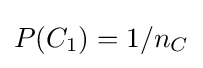
P(C_{1})=1/n_{C}